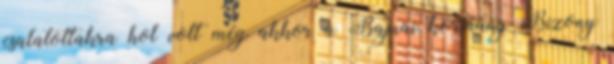
csalatottakra hol volt még akkor a Bajnai kormány Bizony